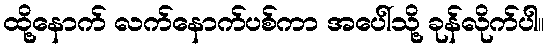
ထို့နောက် လက်နောက်ပစ်ကာ အပေါ်သို့ ခုန်လိုက်ပါ။